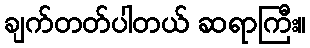
ချက်တတ်ပါတယ် ဆရာကြီး။